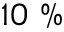
1 0 ~ \%